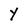
Character: Y